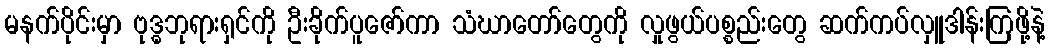
မနက်ပိုင်းမှာ ဗုဒ္ဓဘုရားရှင်ကို ဦးခိုက်ပူဇော်ကာ သံဃာတော်တွေကို လှုဖွယ်ပစ္စည်းတွေ ဆက်ကပ်လှူဒါန်းကြဖို့နဲ့